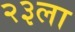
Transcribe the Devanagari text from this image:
२३ला